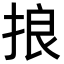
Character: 𢭗